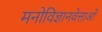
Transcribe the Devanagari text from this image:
मनोविज्ञानवेत्ताओं